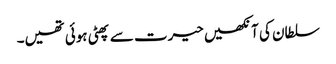
سلطان کی آنکھیں حیرت سے پھٹی ہوئی تھیں۔